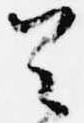
首